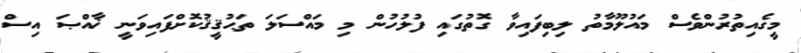
މީގެއިތުރުންވެސް މައުލޫމާތު ލިބިފައިވާ ގޮތުގައި ފުލުހުން މި މައްސަލަ ތަޙުޤީޤުކޮށްފައިވަނީ ޚާއްޞަ އިސް